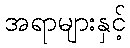
အရာများနှင့်